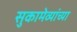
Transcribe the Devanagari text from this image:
सुकामेव्यांच्या